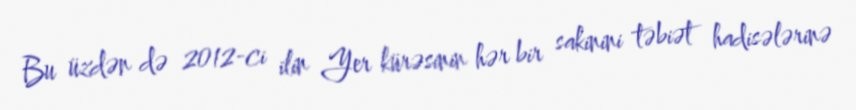
Bu üzdən də 2012-ci ilin Yer kürəsinin hər bir sakinini təbiət hadisələrinə